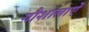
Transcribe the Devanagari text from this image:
गौशालाऐं